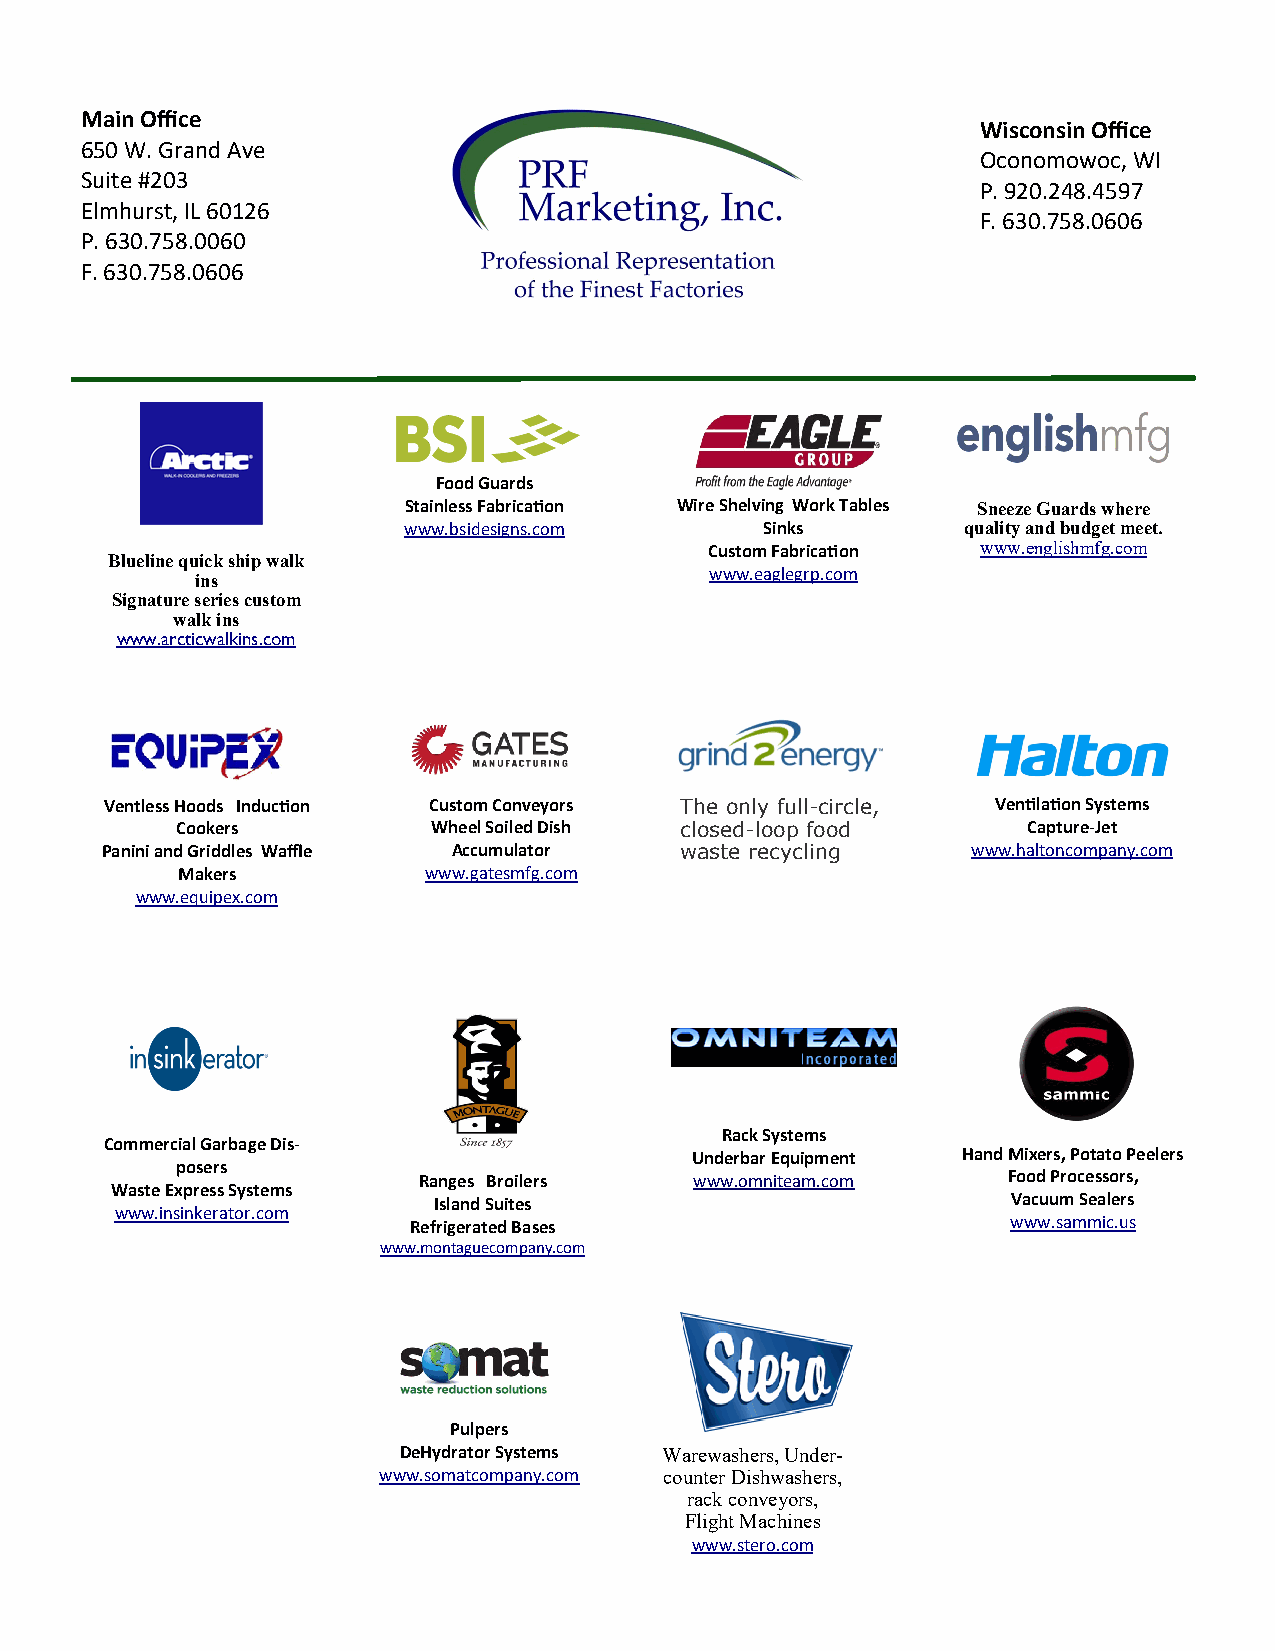
Main Office
 Wisconsin Office
 650 W. Grand Ave
 Oconomowoc, WI
 Suite #203
 P. 920.248.4597
 Elmhurst, IL 60126
 F. 630.758.0606
 P. 630.758.0060
 F. 630.758.0606
 Food Guards
 Stainless Fabrication Wire Shelving Work Tables Sneeze Guards where
 www.bsidesigns.com      Sinks        quality and budget meet.
 Custom Fabrication www.englishmfg.com
 Blueline quick ship walk
 www.eaglegrp.com
 ins
 Signature series custom
 walk ins
 www.arcticwalkins.com
 Ventless Hoods Induction Custom Conveyors The only full-circle, Ventilation Systems
 Cookers          Wheel Soiled Dish closed-loop food     Capture-Jet
 Panini and Griddles Waffle Accumulator waste recycling   www.haltoncompany.com
 Makers          www.gatesmfg.com
 www.equipex.com
 Rack Systems
 Commercial Garbage Dis-
 Underbar Equipment Hand Mixers, Potato Peelers
 posers
 Ranges Broilers   www.omniteam.com     Food Processors,
 Waste Express Systems
 Island Suites                         Vacuum Sealers
 www.insinkerator.com
 Refrigerated Bases                      www.sammic.us
 www.montaguecompany.com
 Pulpers
 DeHydrator Systems Warewashers, Under-
 www.somatcompany.com counter Dishwashers,
 rack conveyors,
 Flight Machines
 www.stero.com